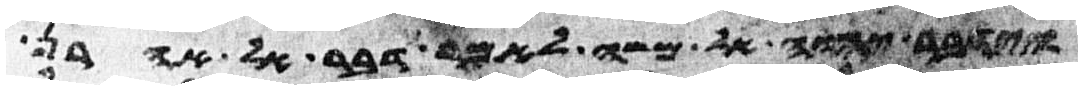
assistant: וידבר יהוה אל משה לאמר דבר אל אהרן